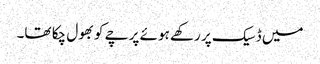
میں ڈسیک پر رکھے ہوئے پرچے کو بھول چکا تھا۔